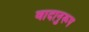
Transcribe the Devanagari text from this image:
वादानुरूप